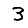
Digit: 3